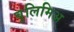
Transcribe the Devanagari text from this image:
बुलिमिअ